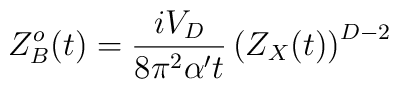
Z^o_B(t) = {{i V_D} \over {8 \pi^2 \alpha' t}}            \left( Z_X(t) \right)^{D-2}